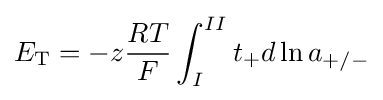
E_{\mathrm {T} }=-z{\frac {RT}{F}}\int _{I}^{II}t_{+}d\ln a_{+/-}